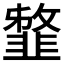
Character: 𩐈